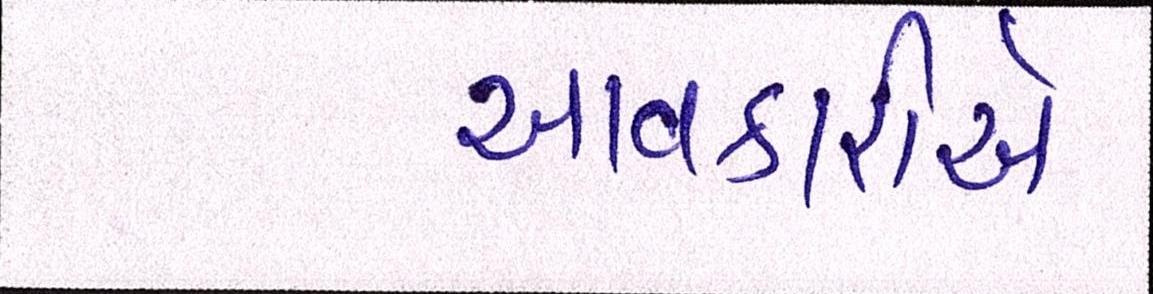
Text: આવકારીએ